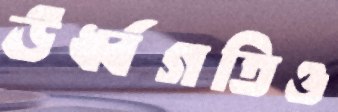
ঊর্ধ্বগতিও